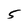
Character: 5